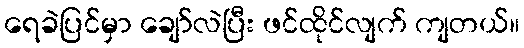
ရေခဲပြင်မှာ ချော်လဲပြီး ဖင်ထိုင်လျက် ကျတယ်။